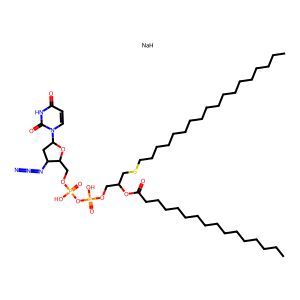
SMILES: CCCCCCCCCCCCCCCCCCSCC(COP(=O)(O)OP(=O)(O)OCC1OC(n2ccc(=O)[nH]c2=O)CC1N=[N+]=[N-])OC(=O)CCCCCCCCCCCCCCC.[NaH]
Inhibits HIV replication: Yes